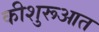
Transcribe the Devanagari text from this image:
कीशुरूआत